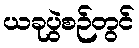
ယခုပွဲစဉ်တွင်